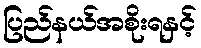
ပြည်နယ်အစိုးရနှင့်